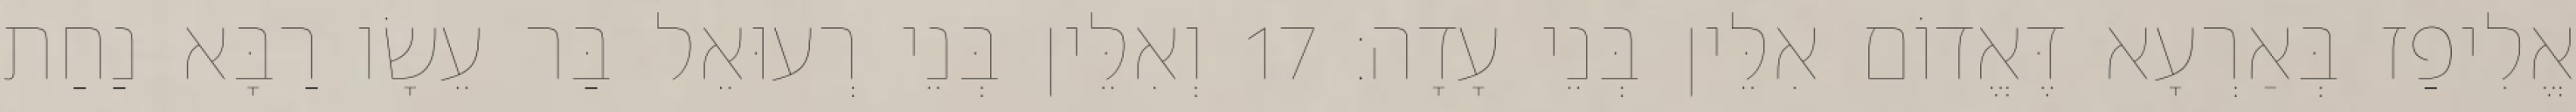
אֱלִיפַז בְּאַרְעָא דֶּאֱדוֹם אִלֵּין בְּנֵי עָדָה׃ 17 וְאִלֵּין בְּנֵי רְעוּאֵל בַּר עֵשָׂו רַבָּא נַחַת